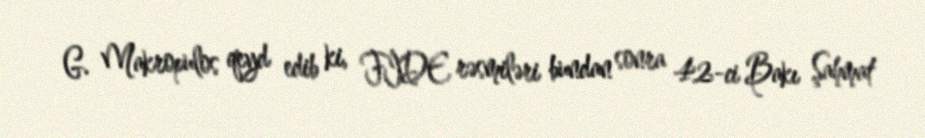
G. Makropulos qeyd edib ki, FİDE rəsmiləri bundan sonra 42-ci Bakı Şahmat